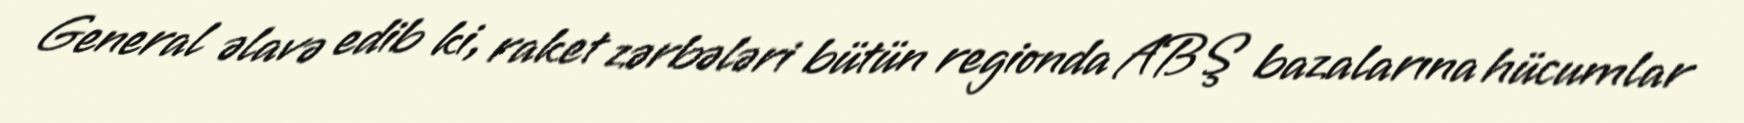
General əlavə edib ki, raket zərbələri bütün regionda ABŞ bazalarına hücumlar